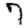
Digit: 7